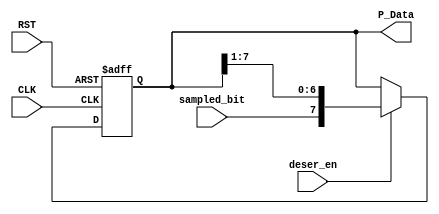
`timescale 1ns / 1ps

//////////////////////////////////////////////////////////////////////////////////
// Diploma: By Eng. Ali Mohamed Eltemsah
// Design Name: DigIC_Dip08_09_UART_RX
// Module Name: deserializer
// Project Name: UART_RX
//////////////////////////////////////////////////////////////////////////////////


module deserializer #(parameter DATA_WIDTH = 8)(
    input   wire                            CLK,
    input   wire                            RST,
    input   wire                            deser_en,
    input   wire                            sampled_bit,
    output  wire    [DATA_WIDTH - 1 : 0]    P_Data
    );

reg     [DATA_WIDTH - 1 : 0]    SIPO;

always @(posedge CLK, negedge RST)
    begin
        if (!RST)
            begin
                SIPO <= 0;
            end
        else if (deser_en)
            begin
                SIPO <= {sampled_bit, SIPO[DATA_WIDTH - 1 : 1]};
            end
    end
assign P_Data = SIPO;
endmodule